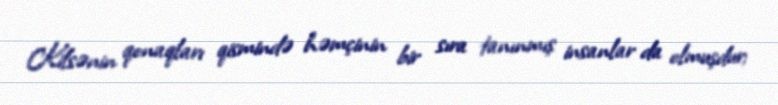
Kilsənin qonaqları qismində həmçinin bir sıra tanınmış insanlar da olmuşdur;